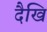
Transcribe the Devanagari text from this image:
दैखि